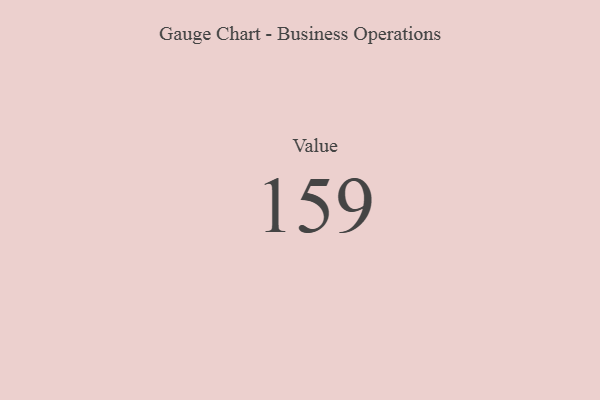
{"axis": {"x": "Metric", "y": "Value"}, "legend": [""], "data": [{"x": "Value", "y": 159, "type": ""}]}